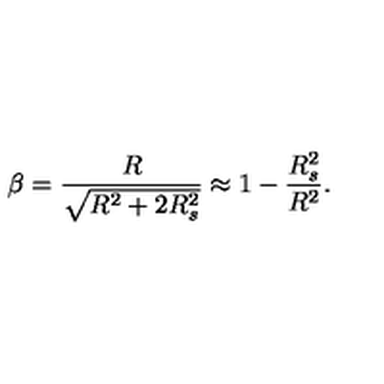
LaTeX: \beta = { \frac { R } { \sqrt { R ^ { 2 } + 2 R _ { s } ^ { 2 } } } } \approx 1 - { \frac { R _ { s } ^ { 2 } } { R ^ { 2 } } } .